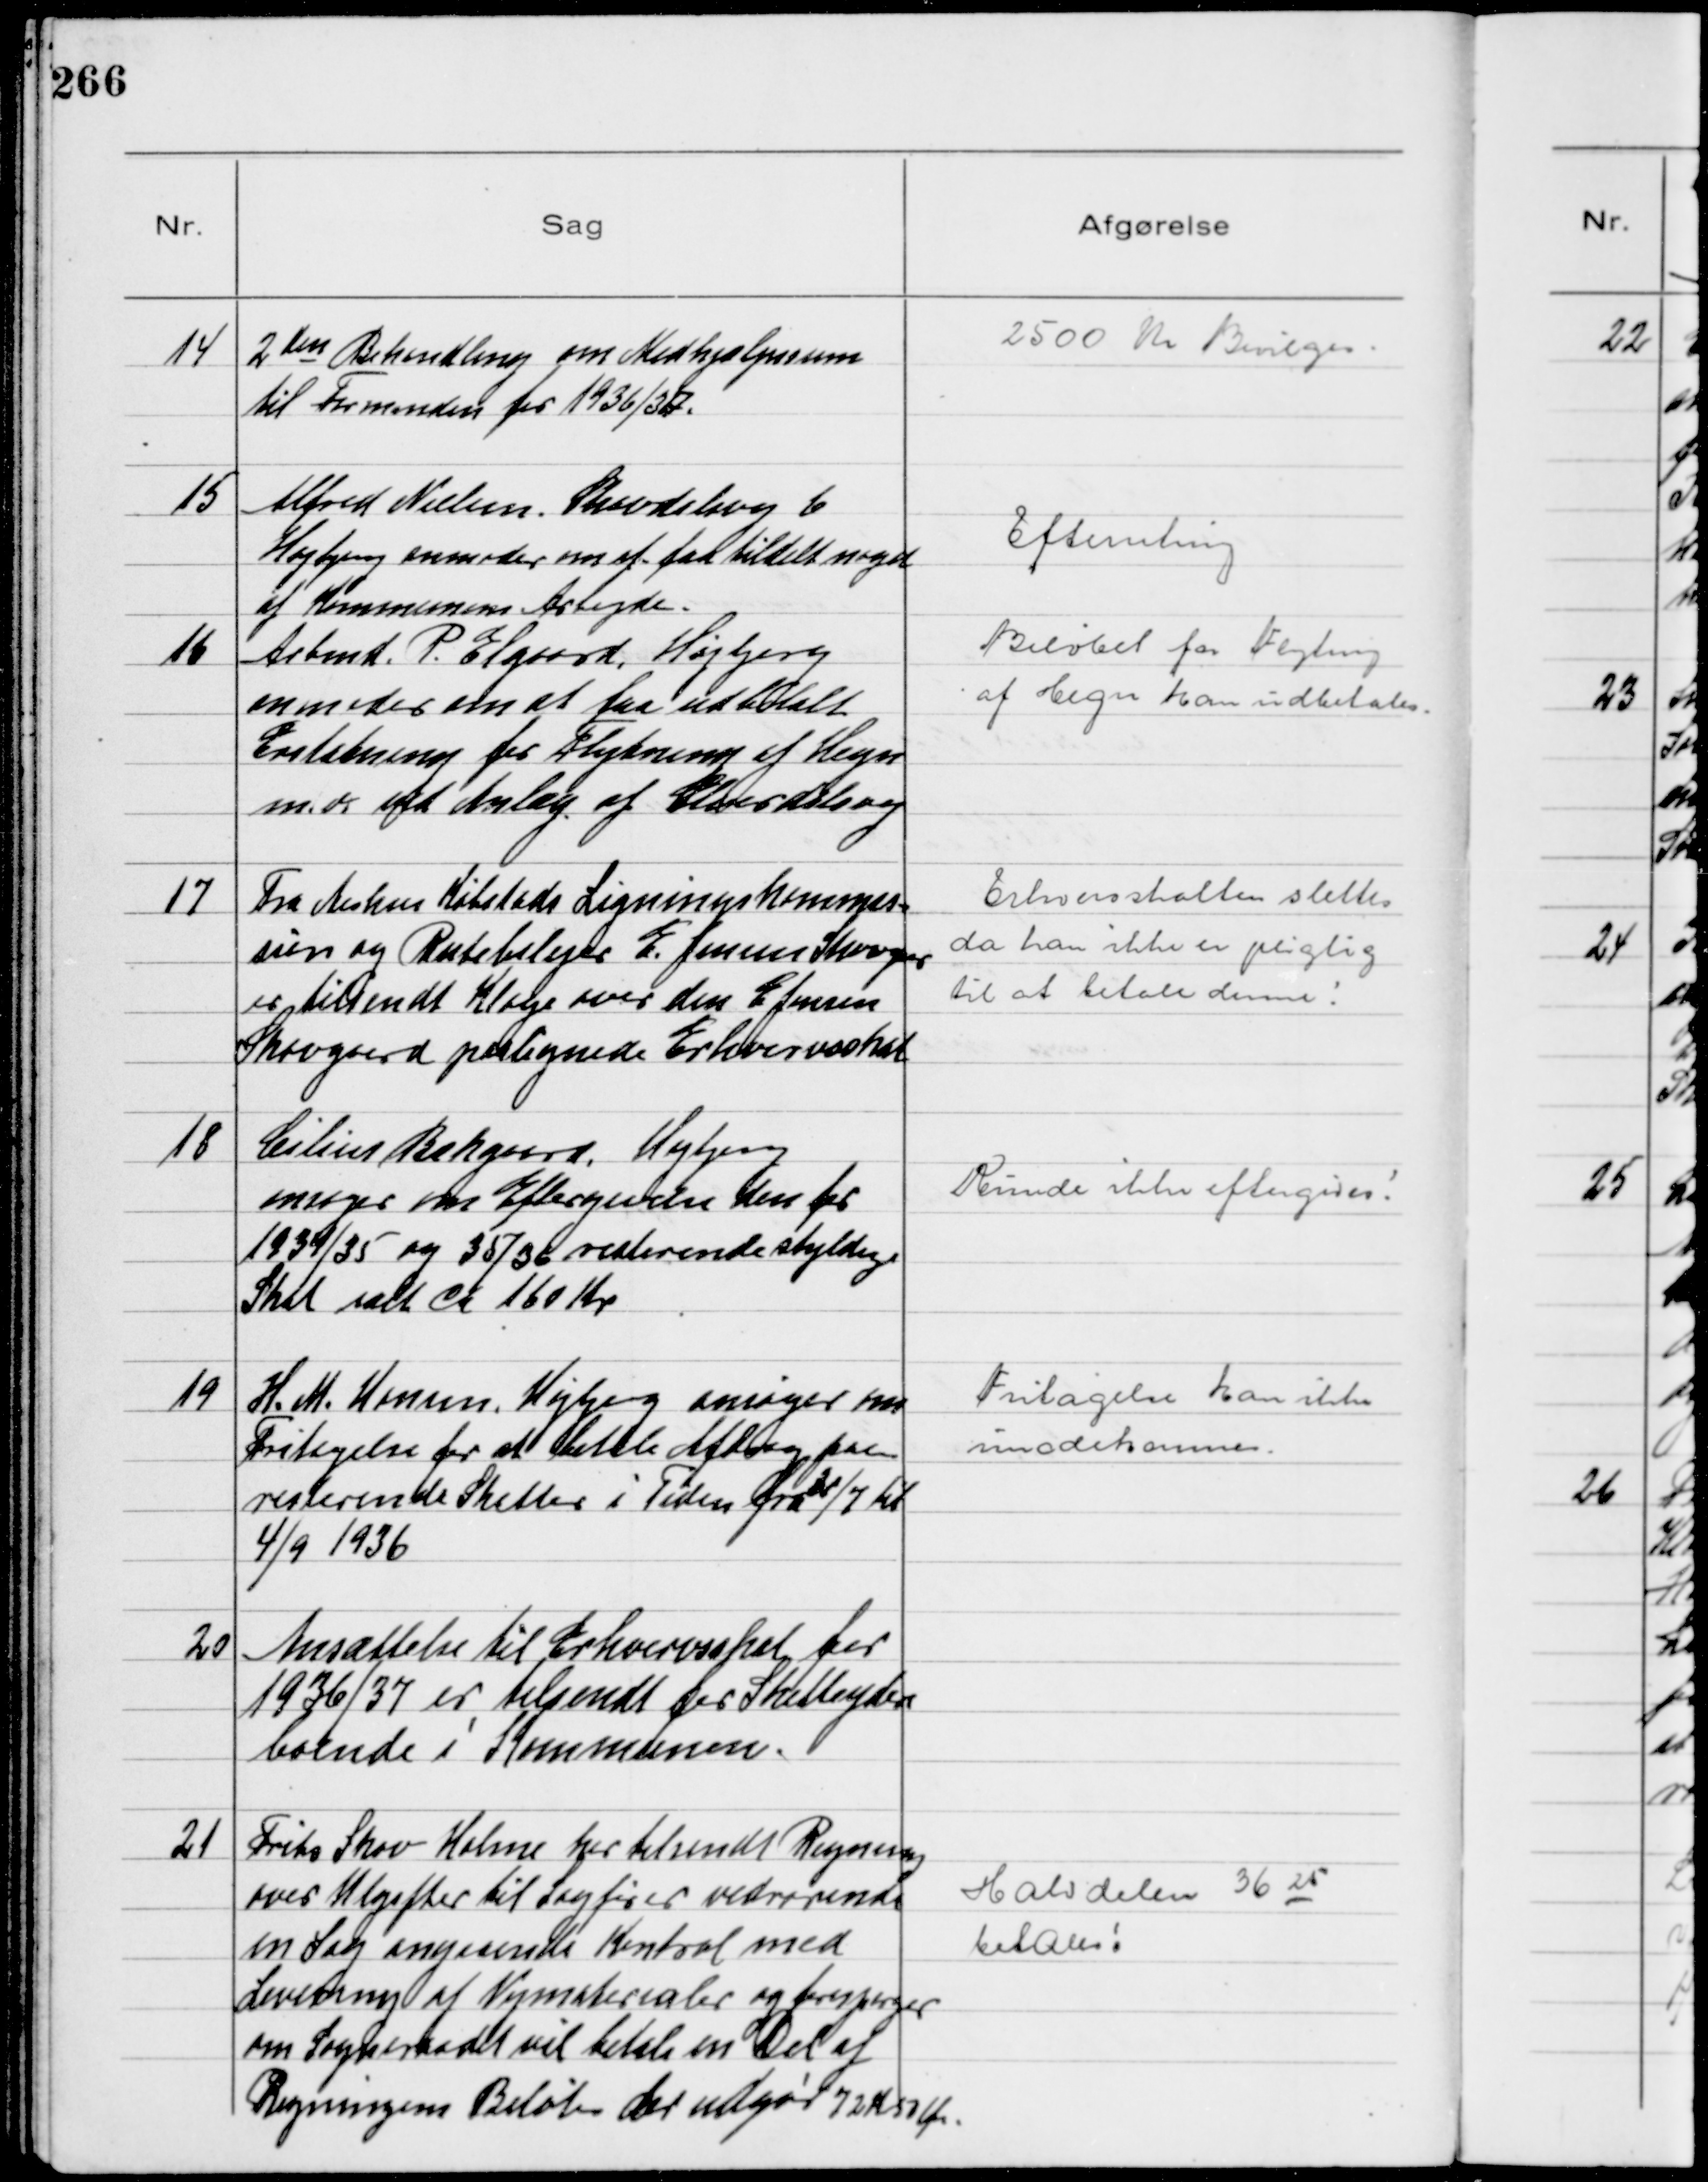
Transskription:
14
2den Behandling om Medhjælpssum
til Formanden for 1936/37.

2500 Kr Bevilges

15
Alfred Nielsen Skovdalsvej 6
Højbjerg anmoder om at faa tildelt noget
af Kommunens Arbejde.

Efterretning

16
Arbmd. P. Elgaard, Højbjerg
anmoder om at faa udbetalt
Erstatning for Flytning af Hegn
m.v. ved Anlæg af Elverdalsvej

Beløbet for Flytning
af Hegn kan udbetales

17
Fra Aarhus Købstads Ligningskommis-
sion og Rutebilejer E. Jensen Skovgaard 
er tilsendt Klage over den E Jensen
Skovgaard paalignede Erhvervsskat

Erhvervsskatten slettes
da han ikke er pligtig
til at betale denne!

18
Cilius Bekgaard, Højbjerg
ansøger on Eftergivelse den for
1934/35 og 35/36 resterende skyldige
Skat ialt ca 160 Kr

Kunde ikke eftergives!

19
H. M. Hansen, Højbjerg ansøger om
Fritagelse for at betale Afdrag paa
resterende Skatter i Tiden fra 31/7 til
4/9 1936

Fritagelse kan ikke
imødekommes.

20
Ansættelse til Erhvervsskat for
1936/37 er tilsendt for Skatteydere
boende i Kommunen.

21
Frits Skov Holme har tilsendt Regning
over Udgifter til Sagfører vedrørende
en Sag angaaende Kontrol med
Levering af Vejmaterialer og forespørger
om Sogneraadet vil betale en Del af
Regningens Beløb der udgør 72 Kr 50 Øre

Halvdelen 36 25
betales!